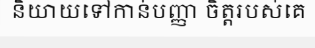
និយាយទៅកាន់បញ្ញា ចិត្តរបស់គេ